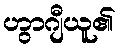
ဟွာဂျီယူ၏